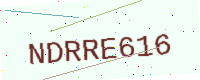
Text: NDRRE616